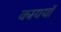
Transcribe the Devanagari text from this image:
कायर्यों